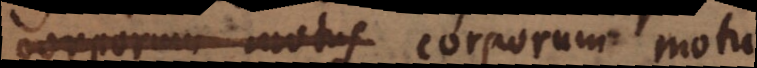
corporum motus corporum motu.